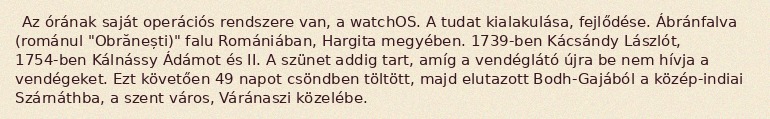
Az órának saját operációs rendszere van, a watchOS. A tudat kialakulása, fejlődése. Ábránfalva (románul "Obrănești)" falu Romániában, Hargita megyében. 1739-ben Kácsándy Lászlót, 1754-ben Kálnássy Ádámot és II. A szünet addig tart, amíg a vendéglátó újra be nem hívja a vendégeket. Ezt követően 49 napot csöndben töltött, majd elutazott Bodh-Gajából a közép-indiai Szárnáthba, a szent város, Váránaszi közelébe.